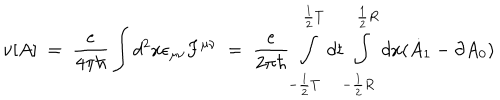
LaTeX: \nu [ A ] \; = \; \frac { e } { 4 \pi \hbar } \int d ^ { 2 } x \epsilon _ { \mu \nu } F ^ { \mu \nu } \; = \; \frac { e } { 2 \pi \hbar } \int _ { - \frac { 1 } { 2 } T } ^ { \frac { 1 } { 2 } T } d t \int _ { - \frac { 1 } { 2 } { R } } ^ { \frac { 1 } { 2 } { R } } d x ( \dot { A } _ { 1 } - \partial A _ { 0 } )